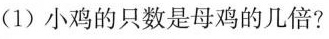
(1)小鸡的只数是母鸡的几倍?